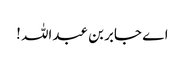
اے جابر بن عبداللہ !